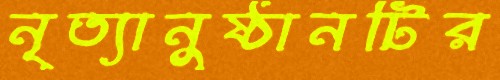
নৃত্যানুষ্ঠানটির